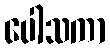
ပေါသကာ